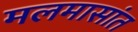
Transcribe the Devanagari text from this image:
मलमासांत